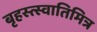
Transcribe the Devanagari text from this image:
बृहस्त्स्वातिमित्र